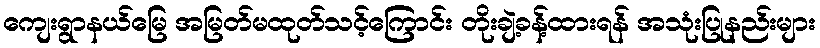
ကျေးရွာနယ်မြေ အမြတ်မထုတ်သင့်ကြောင်း တိုးချဲ့ခန့်ထားရန် အသုံးပြုနည်းများ